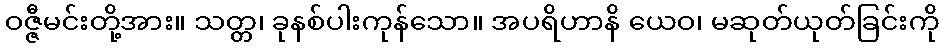
ဝဇ္ဇီမင်းတို့အား။ သတ္တ၊ ခုနစ်ပါးကုန်သော။ အပရိဟာနိ ယေဝ၊ မဆုတ်ယုတ်ခြင်းကို